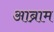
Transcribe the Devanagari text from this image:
आब्राम